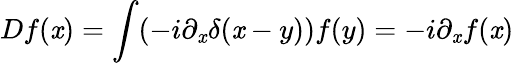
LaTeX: Df(\mathit{x})=\int(-i\partial_{\mathit{x}}\delta(\mathit{x}-y))f(y)=-i\partial_{\mathit{x}}f(\mathit{x})